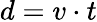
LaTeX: d=v\cdot t